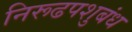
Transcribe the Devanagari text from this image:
निरूढपशुबंध